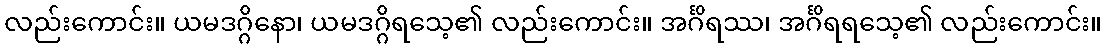
လည်းကောင်း။ ယမဒဂ္ဂိနော၊ ယမဒဂ္ဂိရသေ့၏ လည်းကောင်း။ အင်္ဂိရဿ၊ အင်္ဂိရရသေ့၏ လည်းကောင်း။